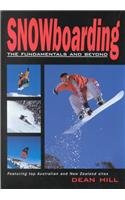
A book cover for Snowboarding: The Fundamentals and Beyond; Dean Hill; Sports & Outdoors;